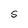
Character: S